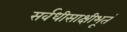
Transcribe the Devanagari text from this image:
सर्वधीसाक्षीभूतं